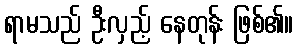
ရာမသည် ဦးလှည့် နေတုန်း ဖြစ်၏။